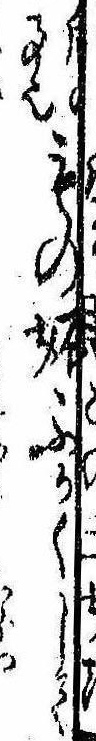
后の事也もの妬ふかくして